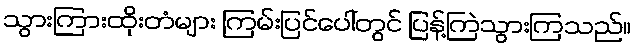
သွားကြားထိုးတံများ ကြမ်းပြင်ပေါ်တွင် ပြန့်ကြဲသွားကြသည်။